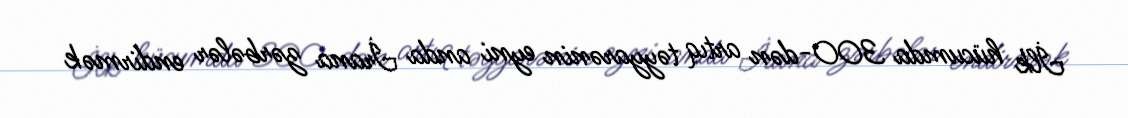
İlk hücumda 300-dən artıq təyyarənin eyni anda İrana zərbələr endirmək